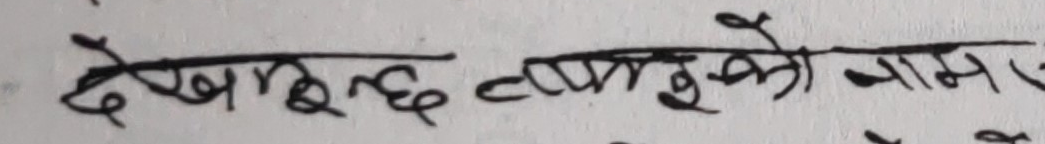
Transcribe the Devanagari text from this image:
देखरेख नपुगेको नाम र